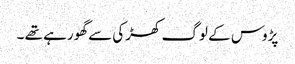
پڑوس کے لوگ کھڑکی سے گھورہے تھے ۔